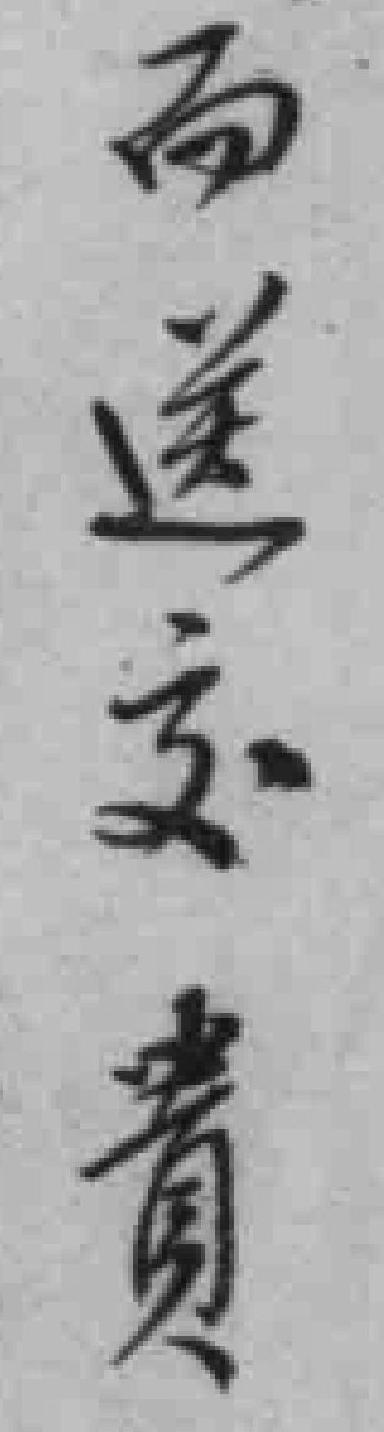
而送交貴